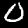
Digit: 0